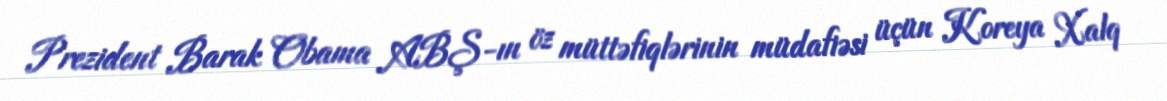
Prezident Barak Obama ABŞ-ın öz müttəfiqlərinin müdafiəsi üçün Koreya Xalq